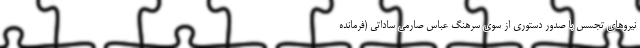
نیرو‌های تجسس با صدور دستوری از سوی سرهنگ عباس صارمی ساداتی (فرمانده